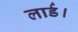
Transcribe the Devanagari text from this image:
लार्ड।